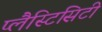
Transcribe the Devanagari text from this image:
प्लैस्टिसिटी